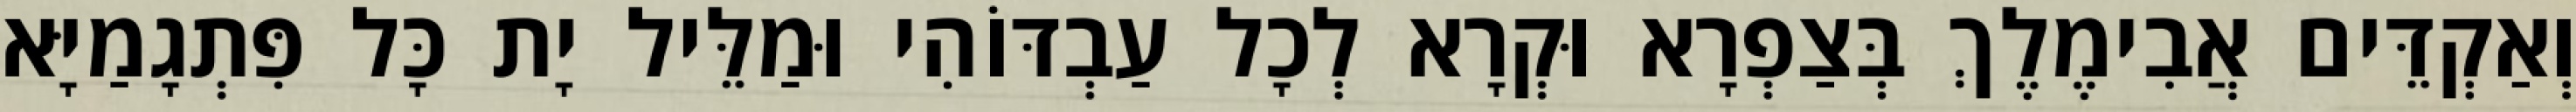
וְאַקְדֵּים אֲבִימֶלֶךְ בְּצַפְרָא וּקְרָא לְכָל עַבְדּוֹהִי וּמַלֵּיל יָת כָּל פִּתְגָמַיָּא